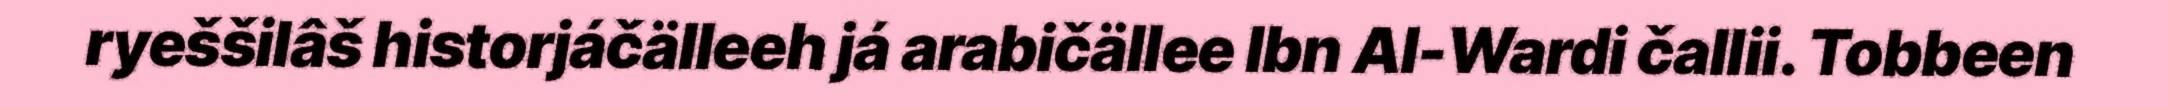
ryeššilâš historjáčälleeh já arabičällee Ibn Al-Wardi čallii. Tobbeen